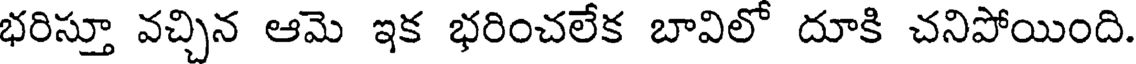
భరిస్తూ వచ్చిన ఆమె ఇక భరించలేక బావిలో దూకి చనిపోయింది